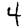
Digit: 4